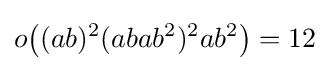
o{\bigl (}(ab)^{2}(abab^{2})^{2}ab^{2}{\bigr )}=12